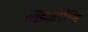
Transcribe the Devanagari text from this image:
साइकोपैथिक